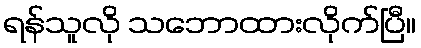
ရန်သူလို သဘောထားလိုက်ပြီ။